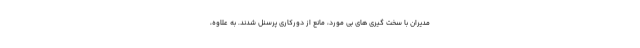
مدیران با سخت گیری های بی مورد، مانع از دورکاری پرسنل ‌شدند. به علاوه،